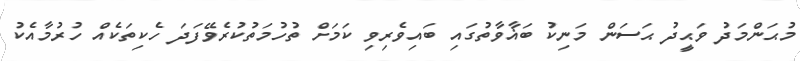
މުޙަންމަދު ވަޙީދު ޙަސަން މަނިކު ބަޣާވާތުގައި ބައިވެރިވި ކަމަށް ތުހުމަތުކުރެވޭފަދަ ހެކިތަކެއް ހުރުމާއެކު